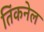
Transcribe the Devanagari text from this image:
तिंकनेल